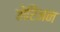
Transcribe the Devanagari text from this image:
मेरिअन